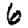
Digit: 6